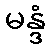
မန္ဒံ